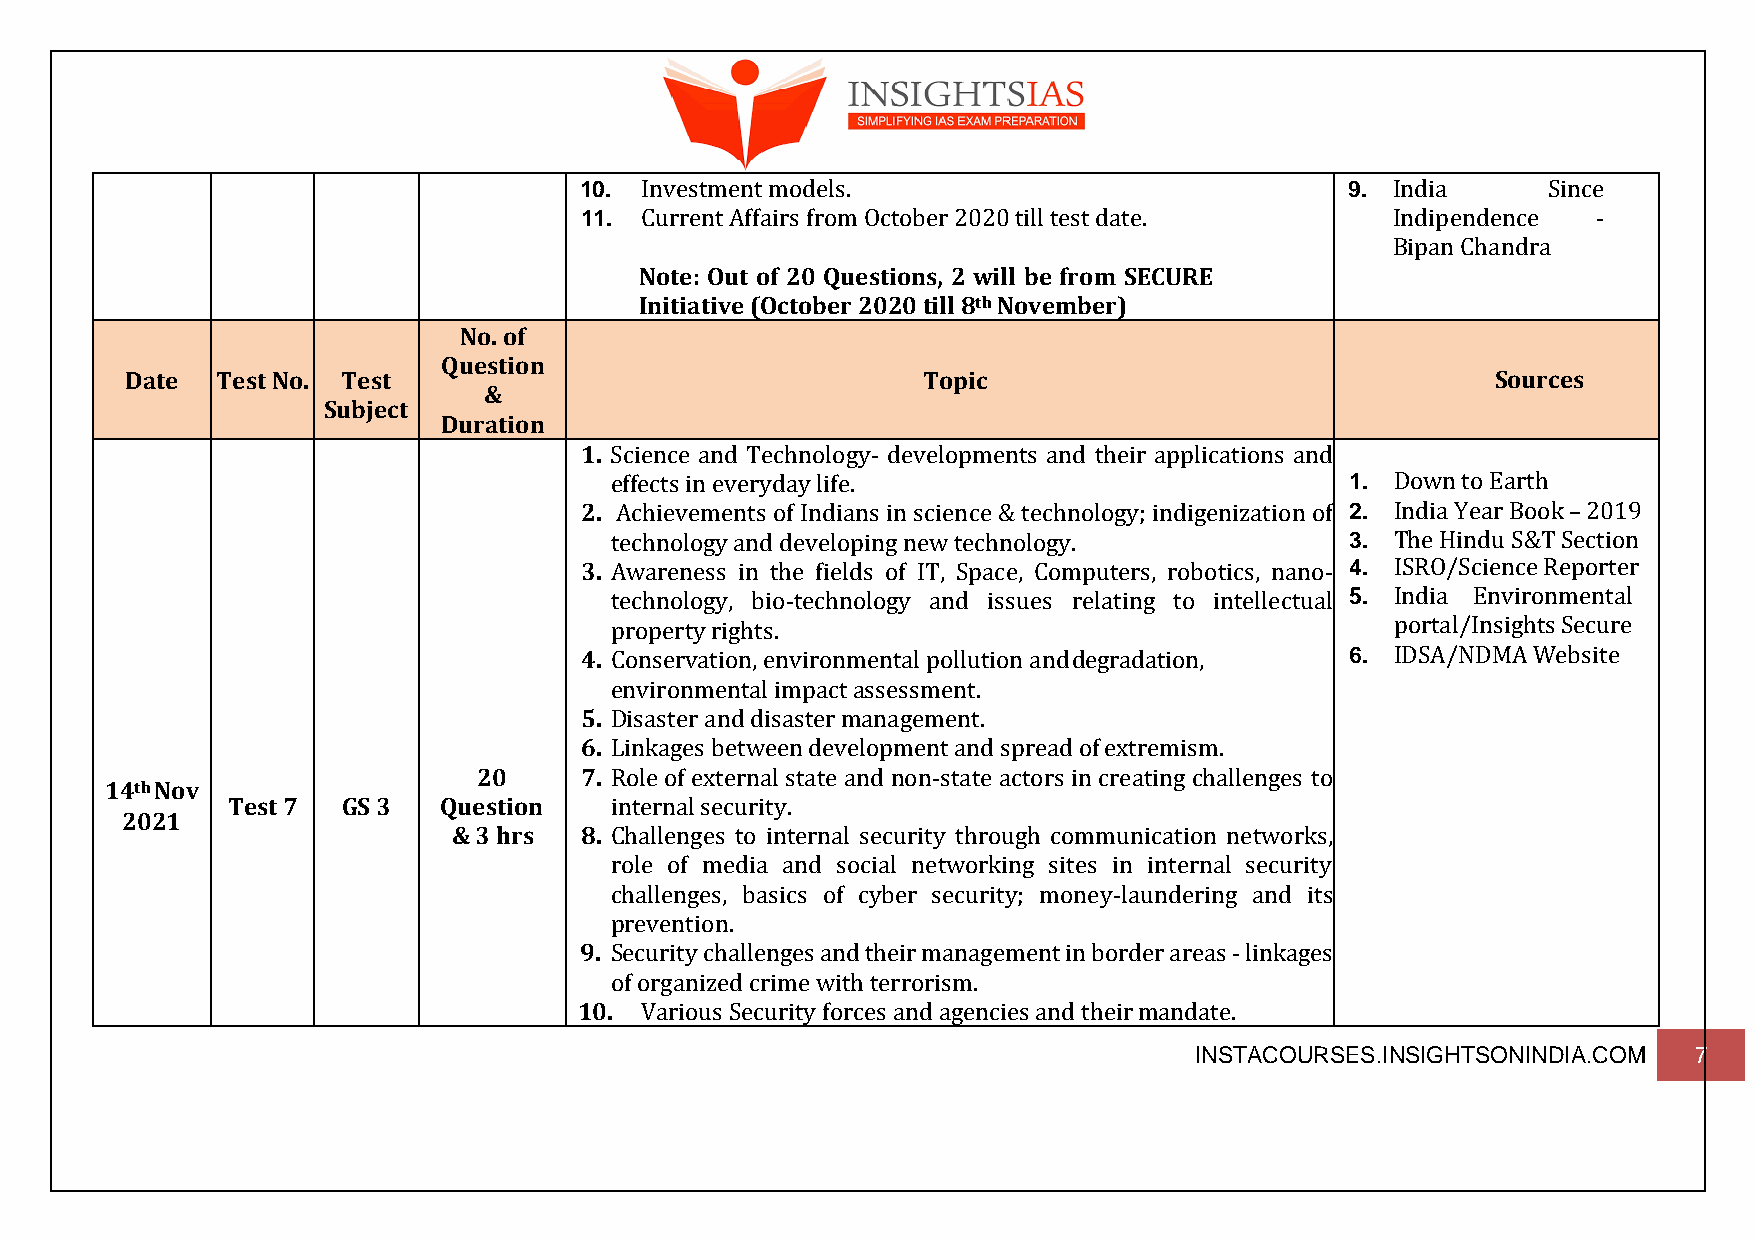
10. Investment models.                             9. India     Since
 11. Current Affairs from October 2020 till test date. Indipendence  -
 Bipan Chandra
 Note: Out of 20 Questions, 2 will be from SECURE
 Initiative (October 2020 till 8th November)
 No. of
 Question
 Date  Test No. Test                                  Topic                                 Sources
 &
 Subject
 Duration
 1. Science and Technology- developments and their applications and
 effects in everyday life.                        1. Down to Earth
 2. Achievements of Indians in science & technology; indigenization of 2. India Year Book – 2019
 technology and developing new technology.        3. The Hindu S&T Section
 3. Awareness in the fields of IT, Space, Computers, robotics, nano- 4. ISRO/Science Reporter
 technology, bio-technology and issues relating to intellectual 5. India Environmental
 property rights.                                    portal/Insights Secure
 4. Conservation, environmental pollution and degradation, 6. IDSA/NDMA Website
 environmental impact assessment.
 5. Disaster and disaster management.
 6. Linkages between development and spread of extremism.
 20    7. Role of external state and non-state actors in creating challenges to
 14th Nov
 Test 7  GS 3  Question   internal security.
 2021
 & 3 hrs 8. Challenges to internal security through communication networks,
 role of media and social networking sites in internal security
 challenges, basics of cyber security; money-laundering and its
 prevention.
 9. Security challenges and their management in border areas - linkages
 of organized crime with terrorism.
 10. Various Security forces and agencies and their mandate.
 INSTACOURSES.INSIGHTSONINDIA.COM 7